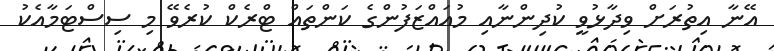
އޭނާ އިތުރަށް ވިދާޅުވީ ކުދިންނާއި މުއައްޒަފުންގެ ކަންތައް ޓްރެކް ކުރެވޭ މި ސިސްޓަމާއެކު